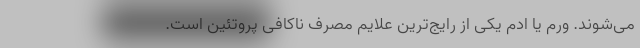
می‌شوند. ورم یا اِدم یکی از رایج‌ترین علایم مصرف ناکافی پروتئین است.